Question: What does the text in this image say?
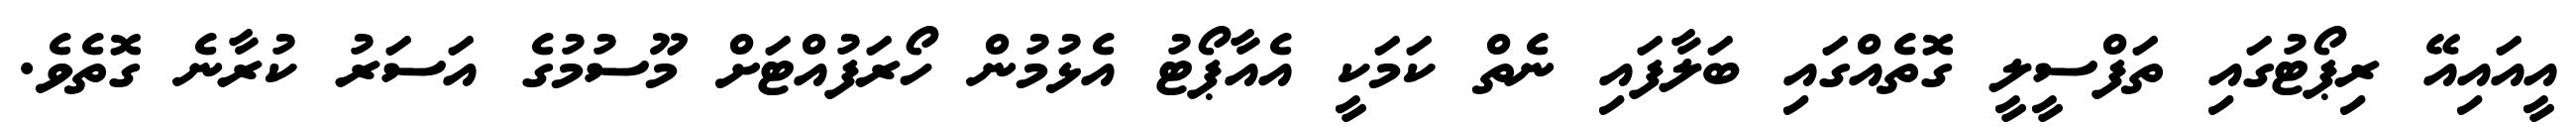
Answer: އީއައިއޭ ރިޕޯޓުގައި ތަފްސީލީ ގޮތެއްގައި ބަލާފައި ނެތް ކަމަކީ އެއާޕޯޓު އެޅުމުން ހޯރަފުއްޓަށް މޫސުމުގެ އަސަރު ކުރާނެ ގޮތެވެ.